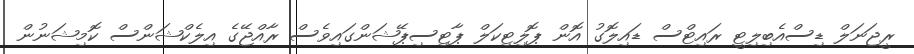
ރީޖަނަލް ޑިސްއެބިލިޓީ ރައިޓްސް ޑައިލޮގު އޮން ޕޮލިޓިކަލް ޕާޓިސިޕޭޝަންގައިވެސް ރާއްޖޭގެ އިލެކްޝަންސް ކޮމިޝަނުން